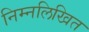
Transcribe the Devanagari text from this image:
निम्‍नलिखित